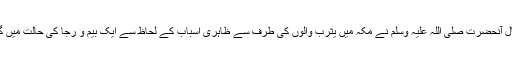
یہ سال آنحضرت صلی اللہ علیہ وسلم نے مکہ میں یثرب والوں کی طرف سے ظاہری اسباب کے لحاظ سے ایک بیم و رَجَا کی حالت میں گزارا۔